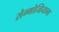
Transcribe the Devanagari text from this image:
सेम्मोज्हियाना